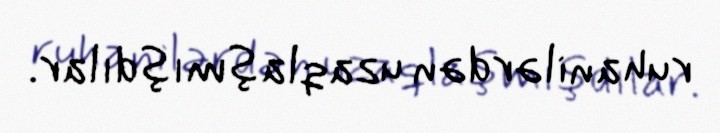
ruhanilərdən uzaqlaşmışdılar.